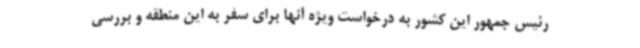
رئیس جمهور این کشور به درخواست ویژه آنها برای سفر به این منطقه و بررسی